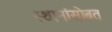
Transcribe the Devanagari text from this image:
स्थानांसोबत